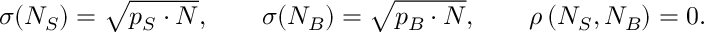
\sigma ( N _ { S } ) = \sqrt { p _ { S } \cdot N } , \qquad \sigma ( N _ { B } ) = \sqrt { p _ { B } \cdot N } , \qquad \rho \, ( N _ { S } , N _ { B } ) = 0 .